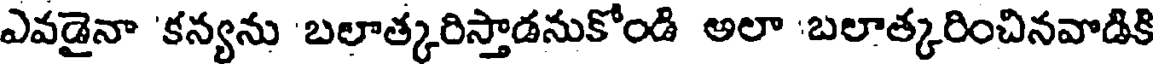
ఎవడైనా 'కన్యను 'బలాత్కరిస్తాడనుకోండి అలా 'బలాత్కరించినవాడికి